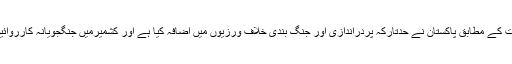
میٹنگ میں بتایا گیا کہ خفیہ اداروں کی اطلاعات کے مطابق پاکستان نے حدتارکہ پردراندازی اور جنگ بندی خلاف ورزیوں میں اضافہ کیا ہے اور کشمیرمیں جنگجویانہ کارروائیوں میں شدت لانے کی کوشش کی جارہی ہے ۔